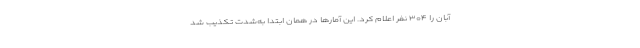
آبان را ۳۰۴ نفر اعلام کرد. این آمارها در همان ابتدا به‌شدت تکذیب شد